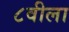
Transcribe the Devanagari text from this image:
८वीला